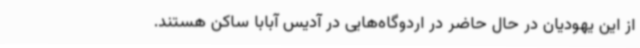
از این یهودیان در حال حاضر در اردوگاه‌هایی در آدیس آبابا ساکن هستند.